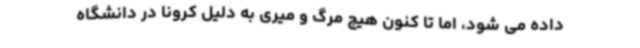
داده می شود، اما تا کنون هیچ مرگ و میری به دلیل کرونا در دانشگاه